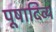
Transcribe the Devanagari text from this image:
पूषादिव्य